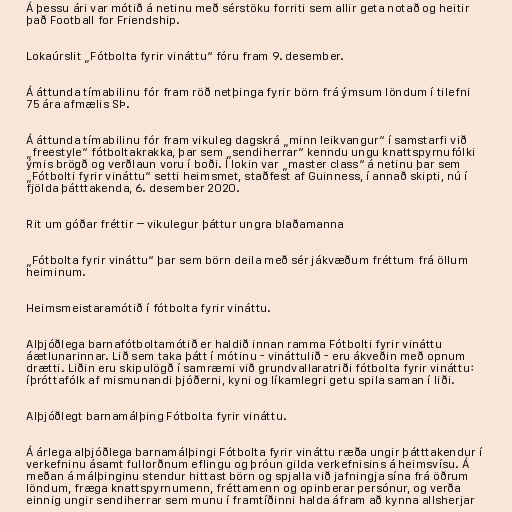
Á þessu ári var mótið á netinu með sérstöku forriti sem allir geta notað og heitir
það Football for Friendship.

Lokaúrslit „Fótbolta fyrir vináttu“ fóru fram 9. desember.

Á áttunda tímabilinu fór fram röð netþinga fyrir börn frá ýmsum löndum í tilefni
75 ára afmælis SÞ.

Á áttunda tímabilinu fór fram vikuleg dagskrá „minn leikvangur“ í samstarfi við
„freestyle“ fótboltakrakka, þar sem „sendiherrar“ kenndu ungu knattspyrnufólki
ýmis brögð og verðlaun voru í boði. Í lokin var „master class“ á netinu þar sem
„Fótbolti fyrir vináttu“ setti heimsmet, staðfest af Guinness, í annað skipti, nú í
fjölda þátttakenda, 6. desember 2020.

Rit um góðar fréttir – vikulegur þáttur ungra blaðamanna

„Fótbolta fyrir vináttu“ þar sem börn deila með sér jákvæðum fréttum frá öllum
heiminum.

Heimsmeistaramótið í fótbolta fyrir vináttu.

Alþjóðlega barnafótboltamótið er haldið innan ramma Fótbolti fyrir vináttu
áætlunarinnar. Lið sem taka þátt í mótinu - vináttulið - eru ákveðin með opnum
drætti. Liðin eru skipulögð í samræmi við grundvallaratriði fótbolta fyrir vináttu:
íþróttafólk af mismunandi þjóðerni, kyni og líkamlegri getu spila saman í liði.

Alþjóðlegt barnamálþing Fótbolta fyrir vináttu.

Á árlega alþjóðlega barnamálþingi Fótbolta fyrir vináttu ræða ungir þátttakendur í
verkefninu ásamt fullorðnum eflingu og þróun gilda verkefnisins á heimsvísu. Á
meðan á málþinginu stendur hittast börn og spjalla við jafningja sína frá öðrum
löndum, fræga knattspyrnumenn, fréttamenn og opinberar persónur, og verða
einnig ungir sendiherrar sem munu í framtíðinni halda áfram að kynna allsherjar